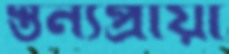
স্তন্যপ্রায়ী